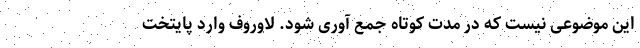
این موضوعی نیست که در مدت کوتاه جمع آوری شود. لاوروف وارد پایتخت